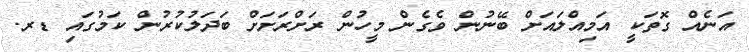
އަނެއް ގޮތަކީ އަމިއްލައަށް ބޭނުން ވެގެން މީހުން ރަށްރަށަށް ބަދަލުކުރުން ކަމުގައި ޑރ.